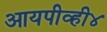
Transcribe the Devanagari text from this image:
आयपीव्ही४